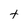
Character: t